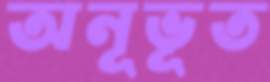
অনূভূত